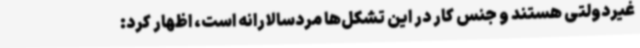
غیردولتی هستند و جنس کار در این تشکل‌ها مردسالارانه است، اظهار کرد: